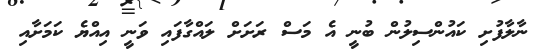
ނާލާފުށި ކައުންސިލުން ބުނީ އެ މަސް ރަށަށް ލައްގާފައި ވަނީ އިއްޔެ ކަމަށާއި